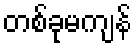
တစ်ခုမကျန်